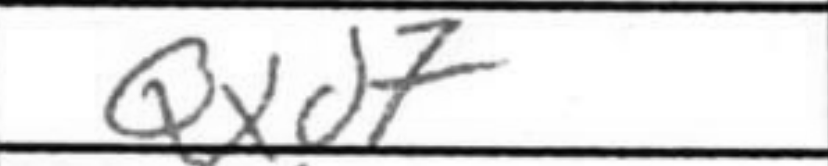
Transcription: Bd7